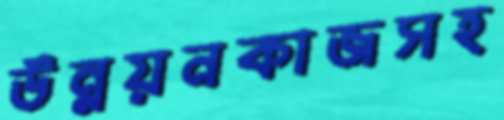
উন্নয়নকাজসহ